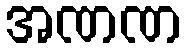
အဏဏ